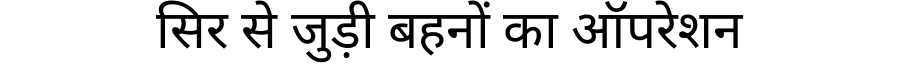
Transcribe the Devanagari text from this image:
सिर से जुड़ी बहनों का ऑपरेशन